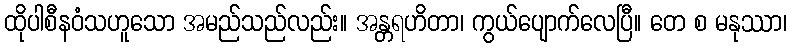
ထိုပါစီနဝံသဟူသော အမည်သည်လည်း။ အန္တရဟိတာ၊ ကွယ်ပျောက်လေပြီ။ တေ စ မနုဿာ၊